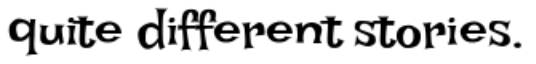
quite different stories.